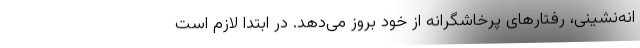
انه‌نشینی، رفتارهای پرخاشگرانه از خود بروز می‌دهد. در ابتدا لازم است